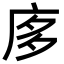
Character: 㢁